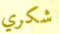
شكري